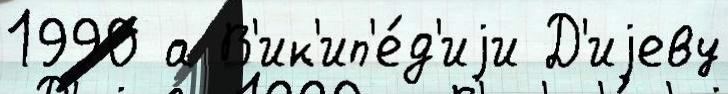
1990 а В'ик'ип'е́д'иjи Д'иjеву